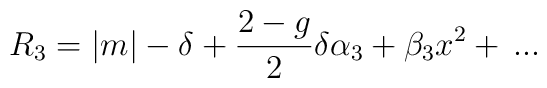
R_3=|m|-\delta+{2- g\over 2}\delta \alpha_3+\beta_3 x^2 +\,...